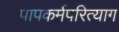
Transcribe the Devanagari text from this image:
पापकर्मपरित्याग